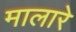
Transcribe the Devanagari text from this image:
मालारे